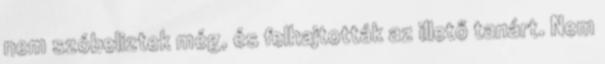
nem szóbeliztek még, és felhajtották az illető tanárt. Nem